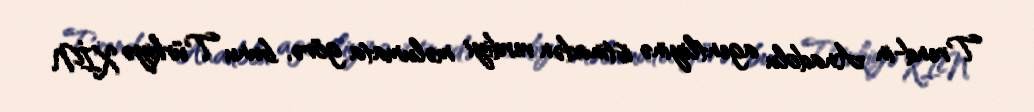
Trend-in Anadolu agentliyinə istinadən verdiyi məlumata görə, bunu Türkiyə XİN